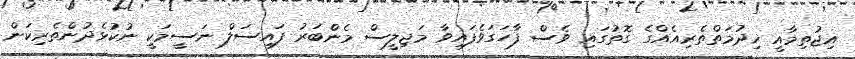
އިޖުތިމާއީ ޚިދުމަތްތެރިއެއްގެ ގޮތުގައި ވެސް ފާހަގަވެފައިވާ މަޖިލީސް މެންބަރު ފައިސަލް ނަސީމަކީ ނުކުޅެދުންތެރިކަން